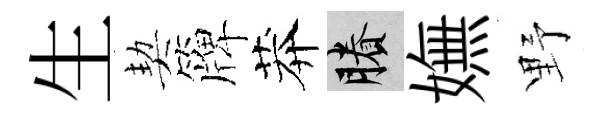
生契簰莽賸嫵野